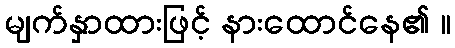
မျက်နှာထားဖြင့် နားထောင်နေ၏ ။